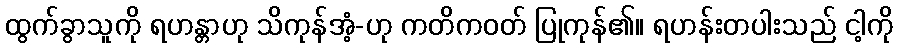
ထွက်ခွာသူကို ရဟန္တာဟု သိကုန်အံ့-ဟု ကတိကဝတ် ပြုကုန်၏။ ရဟန်းတပါးသည် ငါ့ကို